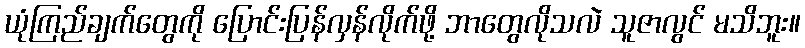
ယုံကြည်ချက်တွေကို ပြောင်းပြန်လှန်လိုက်ဖို့ ဘာတွေလိုသလဲ သူဇာလွင် မသိဘူး။